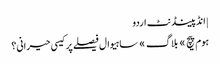
| انڈپینڈنٹ اردو
ہوم پیچ » بلاگ » ساہیوال فیصلے پر کیسی حیرانی؟